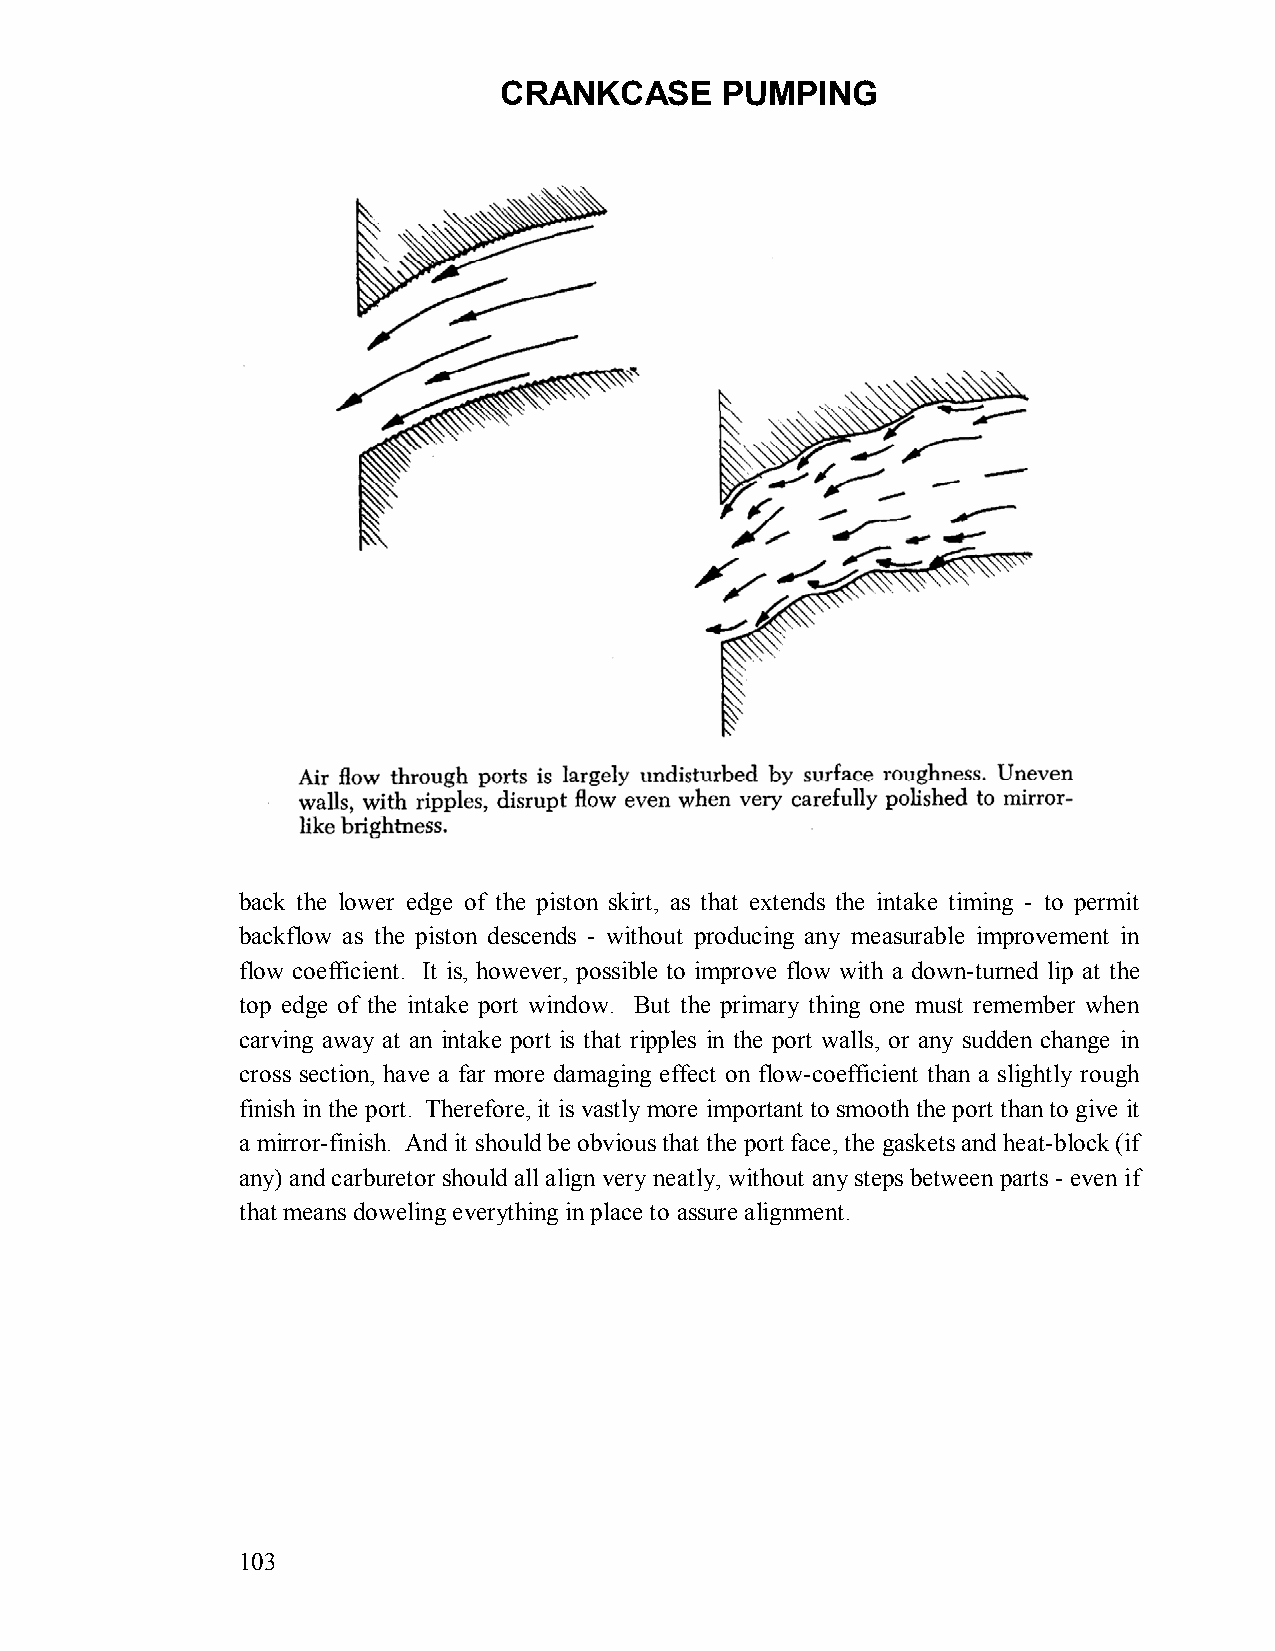
CRANKCASE      PUMPING
 back the lower edge of the piston skirt, as that extends the intake timing - to permit
 backflow as the piston descends - without producing any measurable improvement in
 flow coefficient. It is, however, possible to improve flow with a down-turned lip at the
 top edge of the intake port window. But the primary thing one must remember when
 carving away at an intake port is that ripples in the port walls, or any sudden change in
 cross section, have a far more damaging effect on flow-coefficient than a slightly rough
 finish in the port. Therefore, it is vastly more important to smooth the port than to give it
 a mirror-finish. And it should be obvious that the port face, the gaskets and heat-block (if
 any) and carburetor should all align very neatly, without any steps between parts - even if
 that means doweling everything in place to assure alignment.
 103